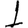
Digit: 1